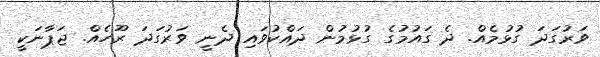
ވަރުގަދަ ގުޅުމެއް. ދެ ގައުމުގެ ގުޅުމުން ދައްކުވައި ދެނީ ވަރުގަދަ ރޫހެއް. ޖަޕާނަކީ